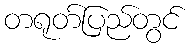
တရုတ်ပြည်တွင်